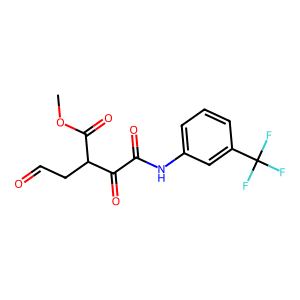
SMILES: COC(=O)C(CC=O)C(=O)C(=O)Nc1cccc(C(F)(F)F)c1
Inhibits HIV replication: No